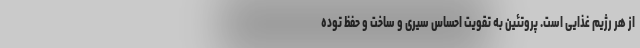
از هر رژیم غذایی است. پروتئین به تقویت احساس سیری و ساخت و حفظ توده